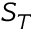
S _ { T }